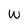
Character: W